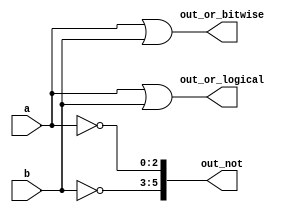
`default_nettype none

module top_module( 
    input wire [2:0] a,
    input wire [2:0] b,
    output wire [2:0] out_or_bitwise,
    output wire out_or_logical,
    output wire [5:0] out_not
);
    assign out_or_bitwise = a | b;
    assign out_or_logical = a || b;
    assign out_not[5:3] = ~b;
    assign out_not[2:0] = ~a;


endmodule